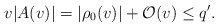
\begin{align*} v|A(v)|=|\rho_0(v)|+\mathcal{O}(v)\leq q'.\end{align*}